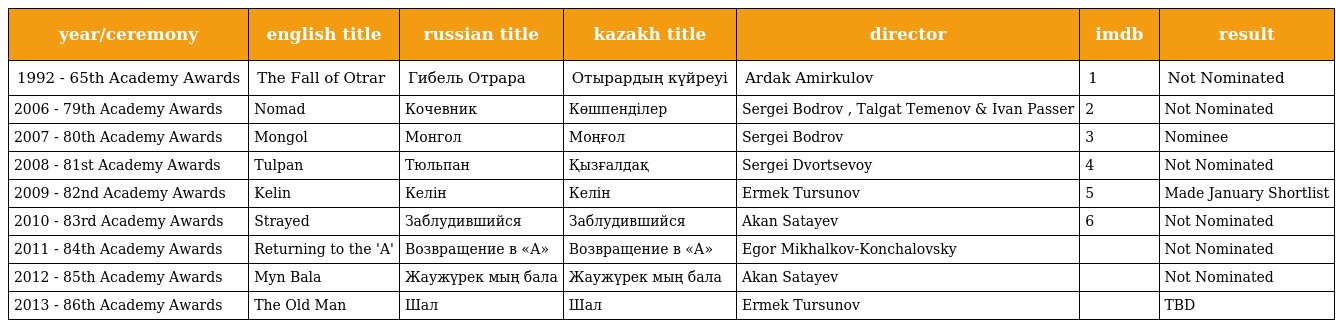
| year/ceremony | english title | russian title | kazakh title | director | imdb | result |
 | --- | --- | --- | --- | --- | --- | --- |
 | 1992 - 65th Academy Awards | The Fall of Otrar | Гибель Отрара | Отырардың күйреуі | Ardak Amirkulov | 1 | Not Nominated |
 | 2006 - 79th Academy Awards | Nomad | Кочевник | Көшпенділер | Sergei Bodrov , Talgat Temenov & Ivan Passer | 2 | Not Nominated |
 | 2007 - 80th Academy Awards | Mongol | Монгол | Моңғол | Sergei Bodrov | 3 | Nominee |
 | 2008 - 81st Academy Awards | Tulpan | Тюльпан | Қызғалдақ | Sergei Dvortsevoy | 4 | Not Nominated |
 | 2009 - 82nd Academy Awards | Kelin | Келін | Келін | Ermek Tursunov | 5 | Made January Shortlist |
 | 2010 - 83rd Academy Awards | Strayed | Заблудившийся | Заблудившийся | Akan Satayev | 6 | Not Nominated |
 | 2011 - 84th Academy Awards | Returning to the 'A' | Возвращение в «А» | Возвращение в «А» | Egor Mikhalkov-Konchalovsky |  | Not Nominated |
 | 2012 - 85th Academy Awards | Myn Bala | Жаужүрек мың бала | Жаужүрек мың бала | Akan Satayev |  | Not Nominated |
 | 2013 - 86th Academy Awards | The Old Man | Шал | Шал | Ermek Tursunov |  | TBD |